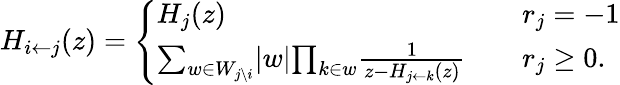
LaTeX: H_{i\leftarrow j}(z)=\left\{ \begin{array}{ll}{H_{j}(z)\quad}&{r_{j}=-1}\\ {{\sum_{w\in W_{j\setminus i}}}\vert w\vert{\prod_{k\in w}}{\frac{1}{z-H_{j\leftarrow k}(z)}}\quad}&{r_{j}\geq 0.}\end{array}\right.